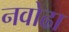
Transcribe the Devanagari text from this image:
नवोढा